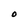
Character: O